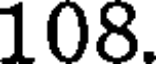
108.